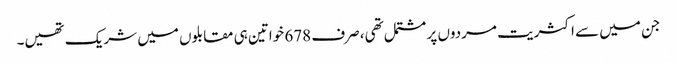
جن میں سے اکثریت مردوں پر مشتمل تھی، صرف 678 خواتین ہی مقابلوں میں شریک تھیں۔